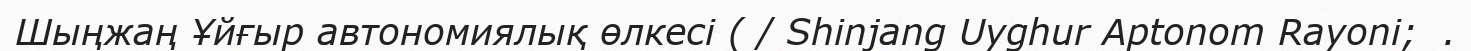
Шыңжаң Ұйғыр автономиялық өлкесі ( / Shinjang Uyghur Aptonom Rayoni;  .